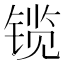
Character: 𫔃